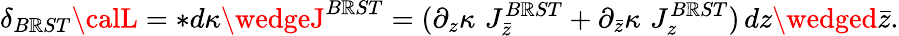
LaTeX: \delta_{B\mathbb{R}ST}{\calL}=*d\kappa\wedgeJ^{B\mathbb{R}ST}=(\partial_{z}\kappa\, \, J_{\bar{{z}}}^{B\mathbb{R}ST}+\partial_{\bar{{z}}}\kappa\, \, J_{z}^{B\mathbb{R}ST})\, dz\wedged\bar{{z}}.